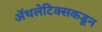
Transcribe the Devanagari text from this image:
ॲथलेटिक्सकडून